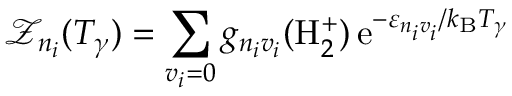
\mathcal { Z } _ { n _ { i } } ( T _ { \gamma } ) = \sum _ { v _ { i } = 0 } g _ { n _ { i } v _ { i } } ( \mathrm { H } _ { 2 } ^ { + } ) \, \mathrm { e } ^ { - \varepsilon _ { n _ { i } v _ { i } } / k _ { \mathrm { B } } T _ { \gamma } }